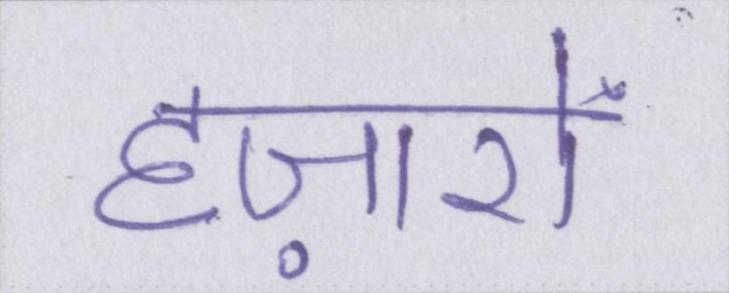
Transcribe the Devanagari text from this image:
हज़ारों